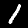
Digit: 1